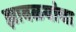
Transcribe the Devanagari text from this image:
झावळयांचा